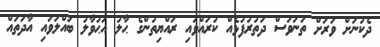
ދެކުނަށް ވަރަށް ތަނަވަސް ދަތުރުފުޅެއް ކުރައްވައި ރައްޔިތުންގެ ޙާލު އަޙުވާލު ބައްލަވައި އާދަތައް